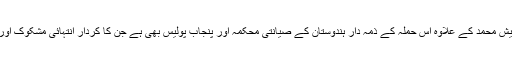
کمیٹی نے کہاکہ جیش محمد کے علاوہ اِس حملہ کے ذمہ دار ہندوستان کے صیانتی محکمہ اور پنجاب پولیس بھی ہے جن کا کردار انتہائی مشکوک اور قابل اعتراض ہے۔